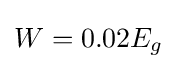
W=0.02E_{g}